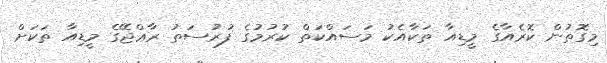
މިގޮތުން ކޮރެއާގެ މީޑިއާ ތަކާއެކު މަސައްކަތް ކުރުމުގެ ފުރުސަތު ރާޢްޖޭގެ މީޑިއާ ތަކަަށް